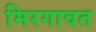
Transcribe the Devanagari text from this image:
मिरगावत